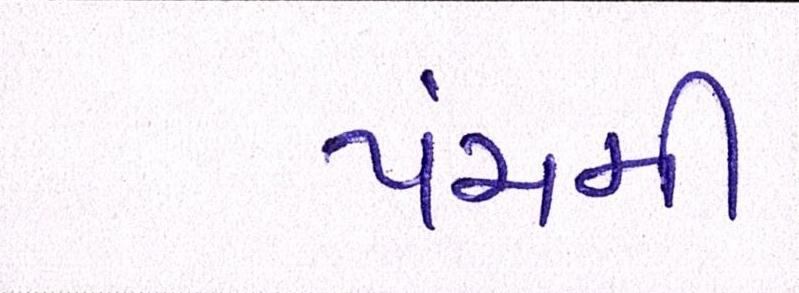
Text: પંચમી